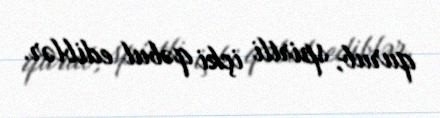
qurub, spirtli içki qəbul ediblər.